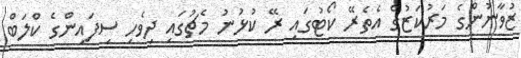
ޒުވާނުންގެ މަރުކަޒުގެ އެތެރޭ ކޯޓުގައި ރޭ ކުޅުނު މެޗުގައި ދިވެހި ސިފައިންގެ ކްލަބް